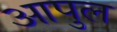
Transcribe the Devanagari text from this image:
आपुल